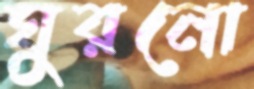
ঘুরনো